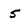
Character: 5